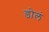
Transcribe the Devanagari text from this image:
डोलं